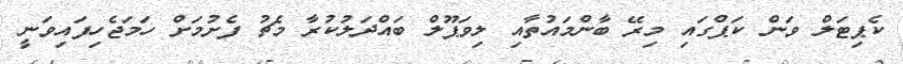
ކެޕިޓަލް ވަން ކަޕްގައި މިރޭ ބާންމައުތާއި ލިވަޕޫލް ބައްދަލުކުރާ މެޗު ފެށުމަށް ހަމަޖެހިފައިވަނީ